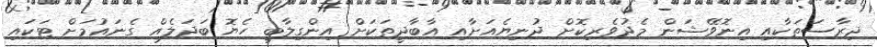
ދިރާސަތަކާއި އިނޮވޭޝަން މެދުވެރިކޮށް ދުނިޔެއަށާއި އާބާދީތަކަށް އިންގިލާބީ ހެޔޮ ބަދަލެއް ގެނައުމަށް ޓަކައި